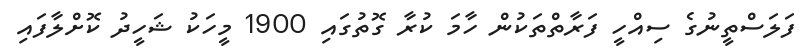
ފަލަސްތީނުގެ ސިއްހީ ފަރާތްތަކުން ހާމަ ކުރާ ގޮތުގައި 1900 މީހަކު ޝަހީދު ކޮށްލާފައި